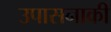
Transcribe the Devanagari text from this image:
उपासनाकी